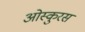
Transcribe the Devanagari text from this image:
ओस्कुरस